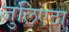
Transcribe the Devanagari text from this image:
जुलिएटा